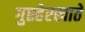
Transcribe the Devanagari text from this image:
गुप्तहेरखाते